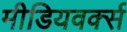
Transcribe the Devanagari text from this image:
मीडियवर्क्स